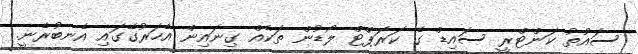
ސައުތު ކަންޓްރީ ސައިޑް ގެ ކަރަޕްޓް ލޯޑުން ތަކެއް ގިނައިން އެހަރުގޭގައި އެނބުރެނީ.